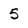
Character: 5